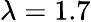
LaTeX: \lambda=1.7